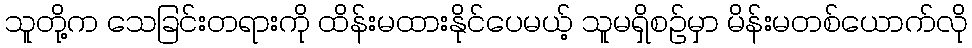
သူတို့က သေခြင်းတရားကို ထိန်းမထားနိုင်ပေမယ့် သူမရှိစဉ်မှာ မိန်းမတစ်ယောက်လို